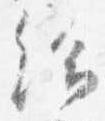
給